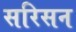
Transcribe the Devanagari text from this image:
सरिसन